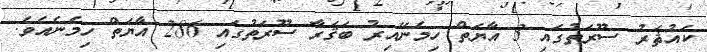
ކައުޘަރު ސޫރަތުގައި 3 އާޔަތް ހިމެނޭއިރު ބަޤަރާ ސޫރަތުގައި 286 އާޔަތް ހިމެނެއެވެ.